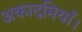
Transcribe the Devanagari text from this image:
अकादमियाँ।